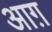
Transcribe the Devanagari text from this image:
आग़